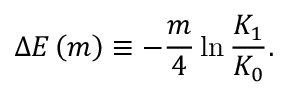
\Delta E \left( m \right) \equiv - \frac { m } { 4 } \ln \frac { K _ { 1 } } { K _ { 0 } } .